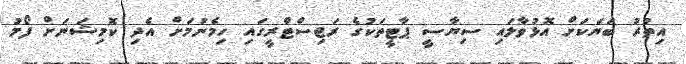
އިތުރު ބަޔަކަށް އޮޅުވާލައި ސިޔާސީ ޕާޓީތަކުގެ ރަޖިސްޓްރީގައި ހިމެނުމަށް އެދި ކޮމިޝަނަށް ފޯމު